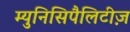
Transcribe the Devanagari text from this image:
म्युनिसिपैलिटीज़